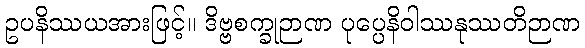
ဥပနိဿယအားဖြင့်။ ဒိဗ္ဗစက္ခုဉာဏ ပုပ္ပေနိဝါဿနုဿတိဉာဏ